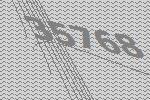
35768